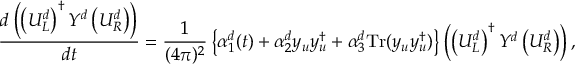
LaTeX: \frac { d \left( \left( U _ { L } ^ { d } \right) ^ { \dagger } Y ^ { d } \left( U _ { R } ^ { d } \right) \right) } { d t } = \frac { 1 } { ( 4 \pi ) ^ { 2 } } \left\{ \alpha _ { 1 } ^ { d } ( t ) + \alpha _ { 2 } ^ { d } y _ { u } ^ { \phantom { \dagger } } y _ { u } ^ { \dagger } + \alpha _ { 3 } ^ { d } \mathrm { T r } ( y _ { u } ^ { \phantom { \dagger } } y _ { u } ^ { \dagger } ) \right\} \left( \left( U _ { L } ^ { d } \right) ^ { \dagger } Y ^ { d } \left( U _ { R } ^ { d } \right) \right) ,